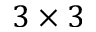
3 \times 3